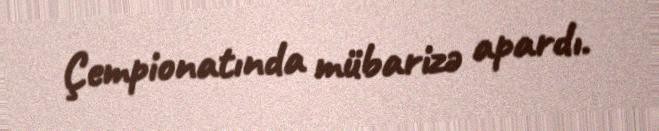
Çempionatında mübarizə apardı.